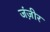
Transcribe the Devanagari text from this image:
जंज़ीर